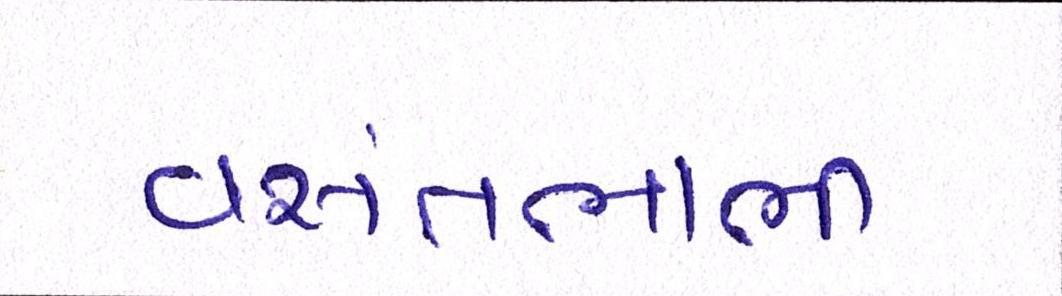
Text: વસંતભાભી